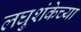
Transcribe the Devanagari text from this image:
लघुशंकेच्या